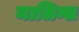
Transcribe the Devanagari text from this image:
मालिन्स